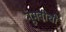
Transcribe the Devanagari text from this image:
नूमवीची